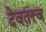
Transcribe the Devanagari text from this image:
देवतत्त्व